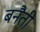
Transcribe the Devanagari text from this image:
बनैती